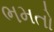
ભમતો